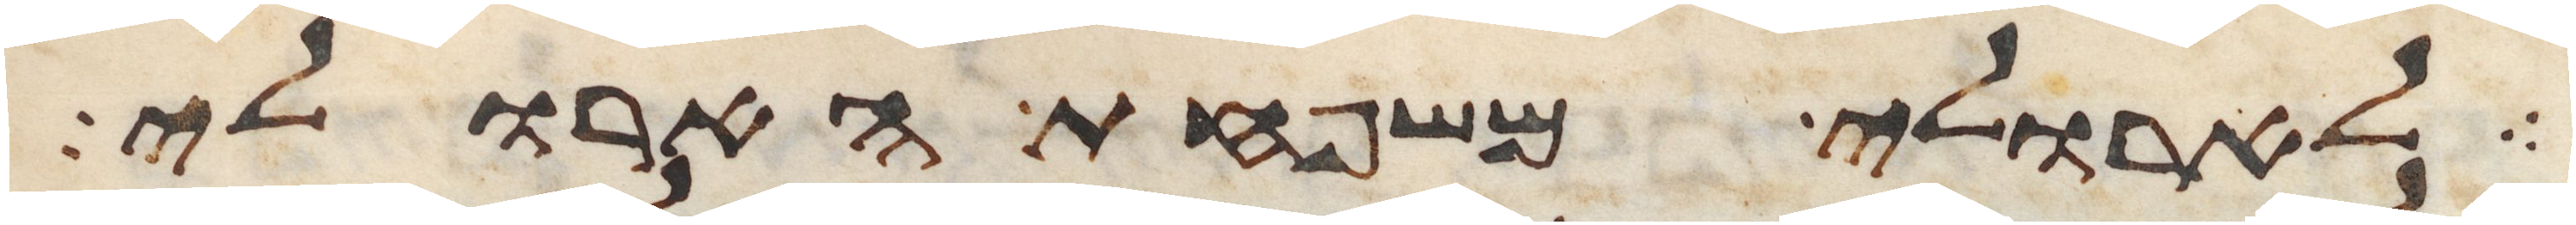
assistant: לארולי משפחת הארולי